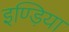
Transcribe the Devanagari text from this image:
इण्ड़िया